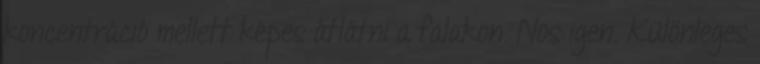
koncentráció mellett képes átlátni a falakon. Nos igen. Különleges